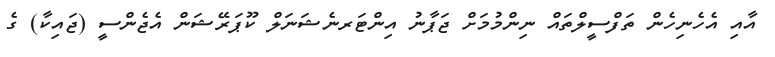
އާއި އެހެނިހެން ތަފްސީލްތައް ނިންމުމަށް ޖަޕާނު އިންޓަރނެޝަނަލް ކޫޕަރޭޝަން އެޖެންސީ (ޖައިކާ) ގެ